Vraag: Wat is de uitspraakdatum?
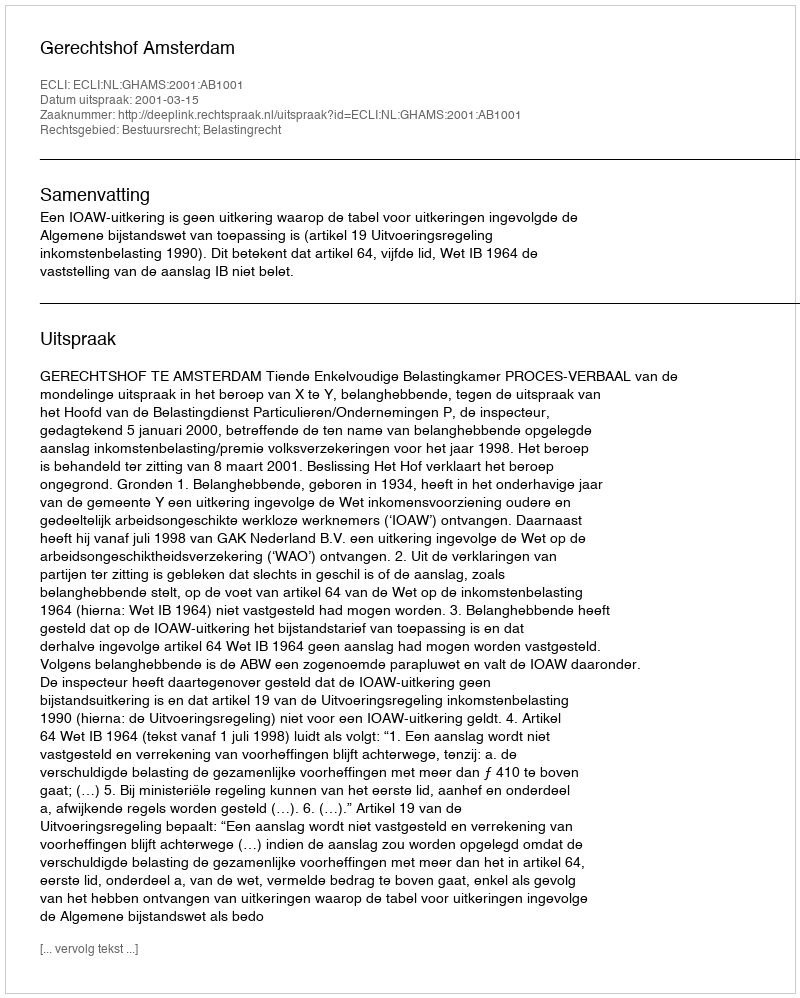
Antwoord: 2001-03-15